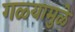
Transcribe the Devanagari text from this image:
गळ्यामुळे